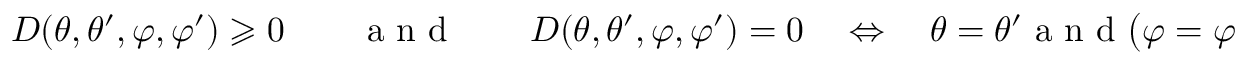
D ( \theta , \theta ^ { \prime } , \varphi , \varphi ^ { \prime } ) \geqslant 0 \qquad \textnormal { a n d } \qquad D ( \theta , \theta ^ { \prime } , \varphi , \varphi ^ { \prime } ) = 0 \quad \Leftrightarrow \quad \theta = \theta ^ { \prime } \textnormal { a n d } \big ( \varphi = \varphi ^ { \prime } \textnormal { o r } \theta \in \{ 0 , \pi \} \textnormal { o r } \theta ^ { \prime } \in \{ 0 , \pi \} \big ) .